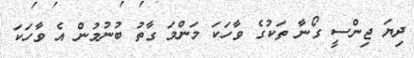
ދިޔަ ޖިންސީ ގޯނާ ތަކުގެ ވާހަކަ މަންމަ ގާތު ބުނުމުން އެ ވާހަކަ